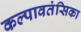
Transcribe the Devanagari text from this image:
कल्पावतंसिका